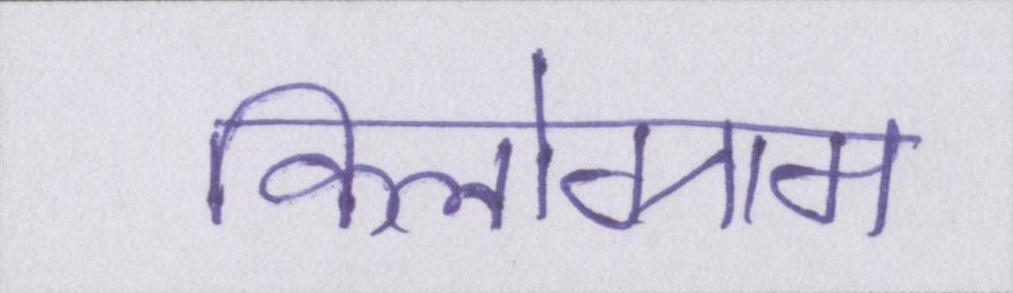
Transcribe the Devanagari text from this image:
किलोग्राम